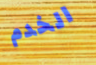
الخدم